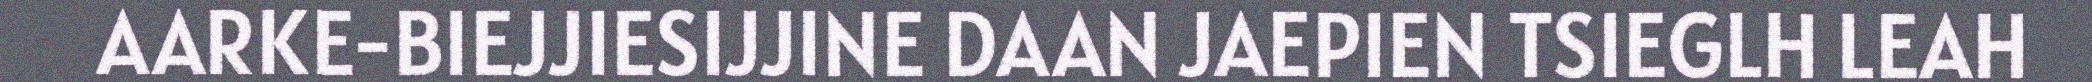
AARKE-BIEJJIESIJJINE DAAN JAEPIEN TSIEGLH LEAH